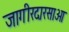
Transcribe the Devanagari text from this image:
जागीरदारसाओ